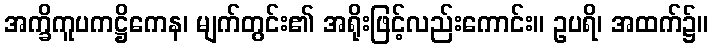
အက္ခိကူပကဋ္ဌိကေန၊ မျက်တွင်း၏ အရိုးဖြင့်လည်းကောင်း။ ဥပရိ၊ အထက်၌။